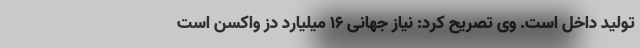
تولید داخل است. وی تصریح کرد: نیاز جهانی ۱۶ میلیارد دُز واکسن است